Vaccine operations Central Provinces 1886-1899 - 1886-1899
Year: 1886
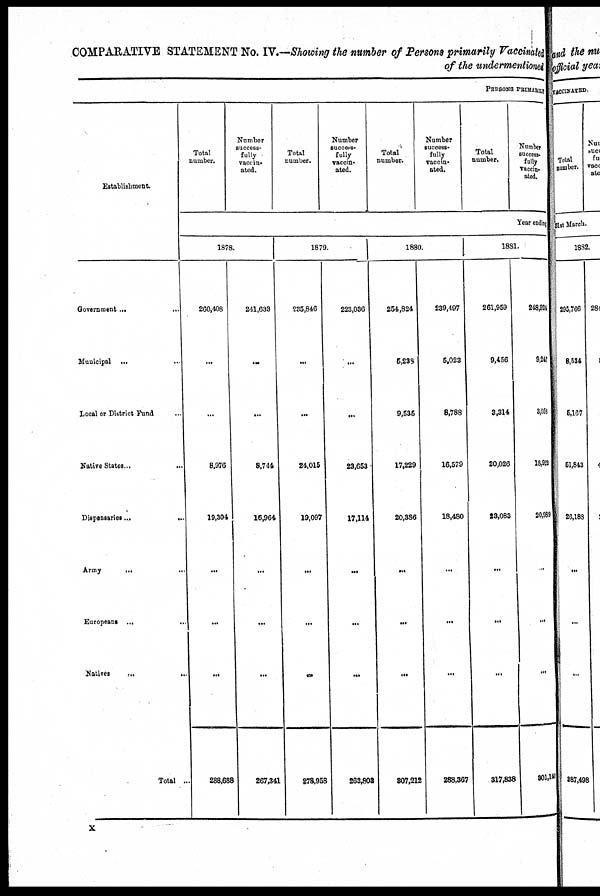
COMPARATIVE STATEMENT No. IV.—Showing the number of Persons primarily Vaccinated
of the undermentioned
PERSONS PRIMARILY
Establishment.
Government ... ...
Municipal ...
Local or District Fund ...
Native States... ...
Dispensaries...
...
Army
...
...
Europeans ...
...
Natives
......
Total ...
Total
number.
Number
success-
fully
vaccin¬
ated.
Total
number.
Number
success-
fully
vaccin-
ated.
Total
number.
Number
success-
fully
vaccin-
ated.
Total
number.
Number
success¬
fully
vaccin-
ated.
Year ending
1878.
260,408
...
...
8,976
19,304
...
...
...
288,688
241,638
...
...
8,744
16,964
...
...
...
267,341
1879.
235,846
...
...
24,015
19,097
...
...
...
278,958
223,036
...
...
23,653
17,114
...
...
...
263,808
1880.
254,824
5,239
9,535
17,229
20,386
...
...
...
307,212
239,497
5,023
8,788
16,579
18,480
...
...
...
288,367
1881.
261,959
9,456
3,314
20,026
23,083
...
...
...
317,838
248,924
9,247
3,053
18,922
20,969
...
...
...
301,146
x